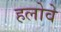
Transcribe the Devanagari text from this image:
हलोवे